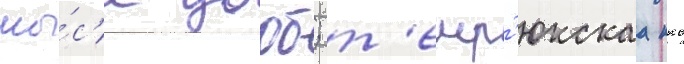
мы́с'е дооб; т'емр'юкскаа ккс